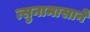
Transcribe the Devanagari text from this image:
त्सुनामासाने